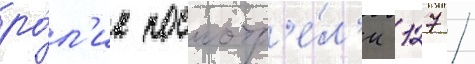
ро́л'ик посмотр'е́л'и 127 /